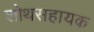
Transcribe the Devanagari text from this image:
शोथसहायक